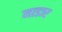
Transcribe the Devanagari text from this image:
माडार